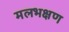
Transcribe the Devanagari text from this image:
मलभक्षण